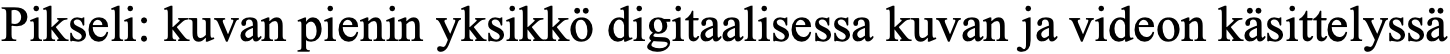
Pikseli: kuvan pienin yksikkö digitaalisessa kuvan ja videon käsittelyssä